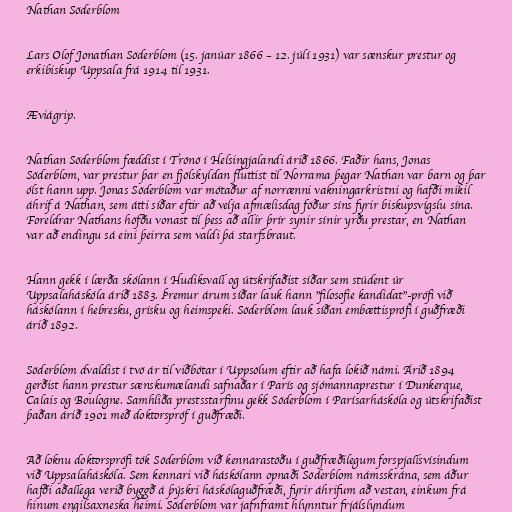
Nathan Söderblom

Lars Olof Jonathan Söderblom (15. janúar 1866 – 12. júlí 1931) var sænskur prestur og
erkibiskup Uppsala frá 1914 til 1931.

Æviágrip.

Nathan Söderblom fæddist í Trönö í Helsingjalandi árið 1866. Faðir hans, Jonas
Söderblom, var prestur þar en fjölskyldan fluttist til Norrama þegar Nathan var barn og þar
ólst hann upp. Jonas Söderblom var mótaður af norrænni vakningarkristni og hafði mikil
áhrif á Nathan, sem átti síðar eftir að velja afmælisdag föður síns fyrir biskupsvígslu sína.
Foreldrar Nathans höfðu vonast til þess að allir þrír synir sínir yrðu prestar, en Nathan
var að endingu sá eini þeirra sem valdi þá starfsbraut.

Hann gekk í lærða skólann í Hudiksvall og útskrifaðist síðar sem stúdent úr
Uppsalaháskóla árið 1883. Þremur árum síðar lauk hann "filosofie kandidat"-prófi við
háskólann í hebresku, grísku og heimspeki. Söderblom lauk síðan embættisprófi í guðfræði
árið 1892.

Söderblom dvaldist í tvö ár til viðbótar í Uppsölum eftir að hafa lokið námi. Árið 1894
gerðist hann prestur sænskumælandi safnaðar í París og sjómannaprestur í Dunkerque,
Calais og Boulogne. Samhliða prestsstarfinu gekk Söderblom í Parísarháskóla og útskrifaðist
þaðan árið 1901 með doktorspróf í guðfræði.

Að loknu doktorsprófi tók Söderblom við kennarastöðu í guðfræðilegum forspjallsvísindum
við Uppsalaháskóla. Sem kennari við háskólann opnaði Söderblom námsskrána, sem áður
hafði aðallega verið byggð á þýskri háskólaguðfræði, fyrir áhrifum að vestan, einkum frá
hinum engilsaxneska heimi. Söderblom var jafnframt hlynntur frjálslyndum